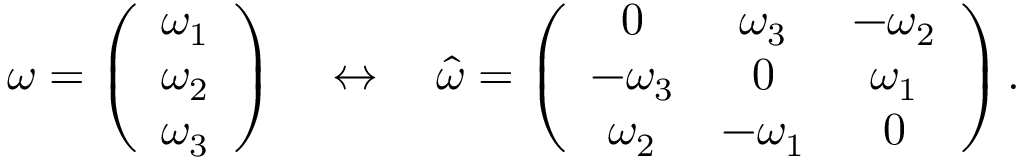
\begin{array} { r } { \boldsymbol \omega = \left( \begin{array} { c } { \omega _ { 1 } } \\ { \omega _ { 2 } } \\ { \omega _ { 3 } } \end{array} \right) \quad \leftrightarrow \quad \hat { \omega } = \left( \begin{array} { c c c } { 0 } & { \omega _ { 3 } } & { - \omega _ { 2 } } \\ { - \omega _ { 3 } } & { 0 } & { \omega _ { 1 } } \\ { \omega _ { 2 } } & { - \omega _ { 1 } } & { 0 } \end{array} \right) . } \end{array}